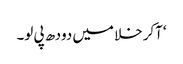
‘آکر خلا میں دودھ پی لو۔